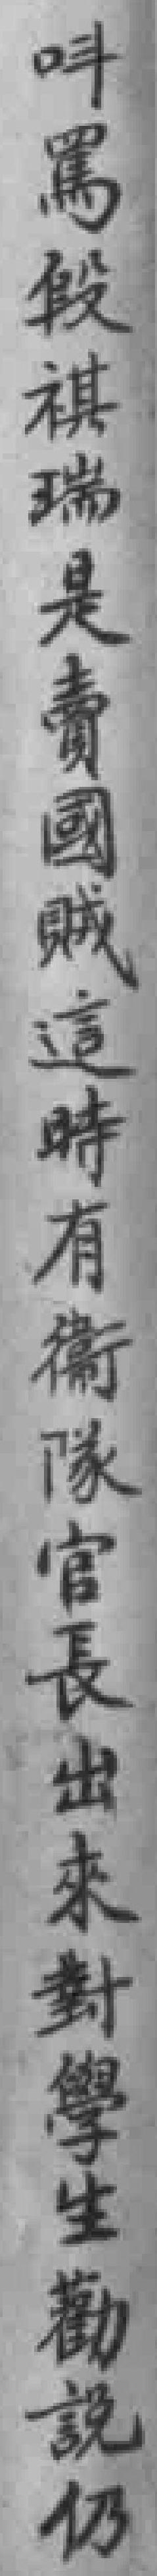
呌罵段祺瑞是賣國賊這時有衛隊官長出來對學生勸說仍